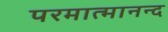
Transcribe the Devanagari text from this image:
परमात्मानन्द